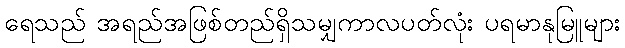
ရေသည် အရည်အဖြစ်တည်ရှိသမျှကာလပတ်လုံး ပရမာနုမြူများ